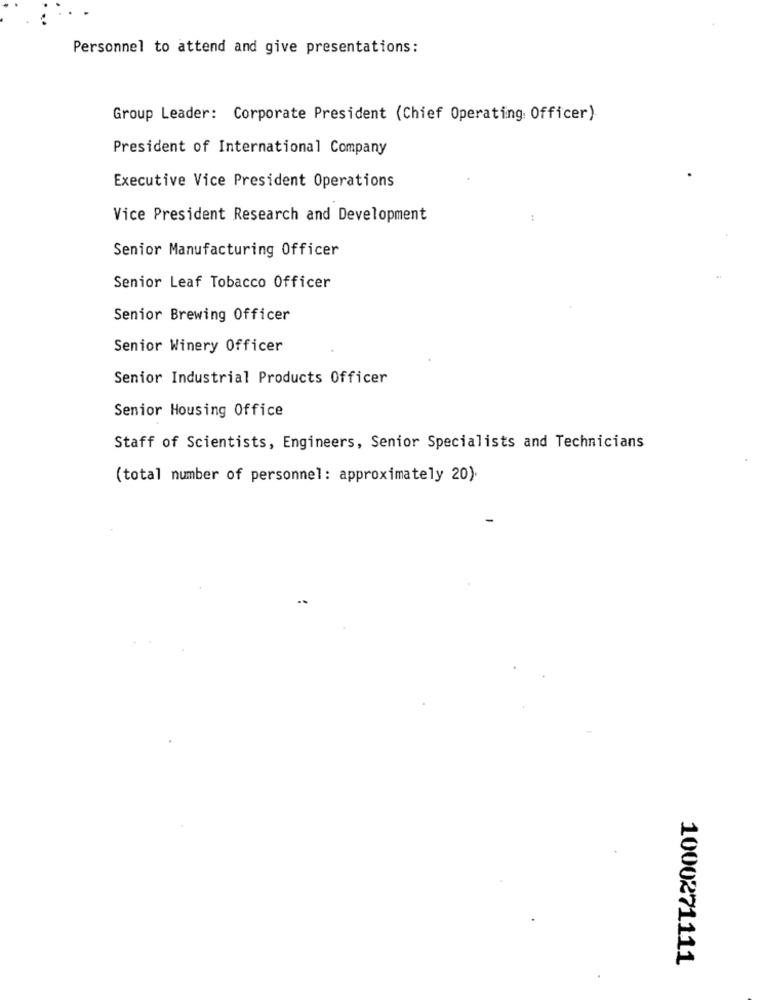
Personnel to attend and give presentations:
Group Leader: Corporate President (Chief Operating Officer)
President of International Company
Executive Vice President Operations
Vice President Research and Development
:
Senior Manufacturing Officer
Senior Leaf Tobacco Officer
Senior Brewing Officer
Senior Winery Officer
Senior Industrial Products Officer
Senior Housing Office
Staff of Scientists, Engineers, Senior Specialists and Technicians
(total number of personnel: approximately 20).
1000271111